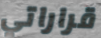
قراراتي